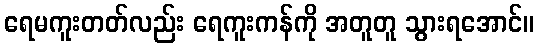
ရေမကူးတတ်လည်း ရေကူးကန်ကို အတူတူ သွားရအောင်။